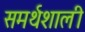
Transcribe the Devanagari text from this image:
समर्थशाली